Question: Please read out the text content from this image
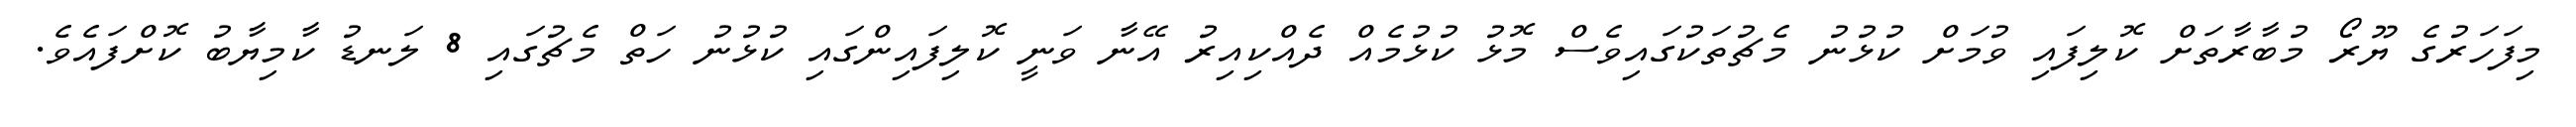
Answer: މިފަހަރުގެ ޔޫރޯ މުބާރާތަށް ކޮލިފައި ވުމަށް ކުޅުނު މެޗުތަކުގައިވެސް މޮޅު ކުޅުމެއް ދެއްކިއިރު އޭނާ ވަނީ ކޮލިފައިންގައި ކުޅުނު ހަތް މެޗުގައި 8 ލަނޑު ކާމިޔާބު ކޮށްފައެވެ.